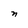
Character: n